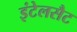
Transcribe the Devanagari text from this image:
इंटेलसैट